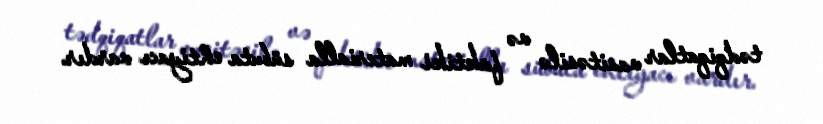
tədqiqatlar vasitəsilə və faktiki materialla sübuta ehtiyacı vardır.